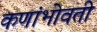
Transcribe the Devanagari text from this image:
कणांभोवती